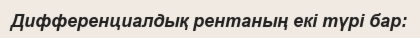
Дифференциалдық рентаның екі түрі бар: